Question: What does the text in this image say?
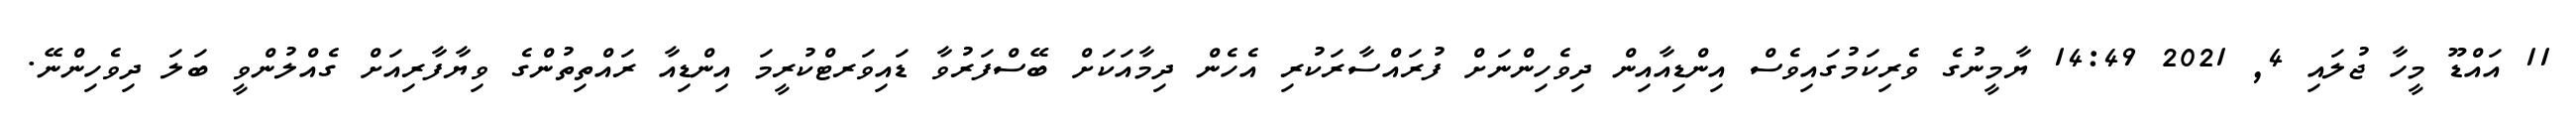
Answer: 11 އައްޑޫ މީހާ ޖުލައި 4, 2021 14:49 ޔާމީނުގެ ވެރިކަމުގައިވެސް އިންޑިއާއިން ދިވެހިންނަށް ފުރައްސާރަކުރި އެހެން ދިމާއަކަށް ބޭސްފަރުވާ ޑައިވަރޓްކުރީމަ އިންޑިއާ ރައްތިތުންގެ ވިޔާފާރިއަށް ގެއްލުންވީ ބަލަ ދިވެހިންނޭ.